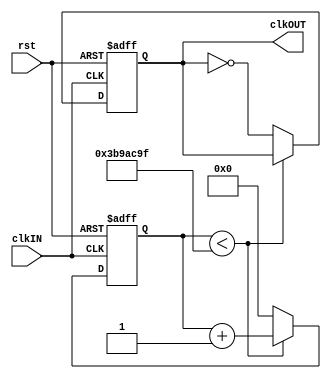
`timescale 1ns / 1ps
`define divisor 27'd125_000_000


module divide_clock(clkOUT, clkIN, rst);
  
  /*input and output ports*/
  input wire clkIN, rst;
  output reg clkOUT;
   
    
    
  reg [31:0] count; //counts the number of times input clock gets devided 
  

  /*keeps track of when to change the output clock*/
  always@(posedge clkIN or posedge rst)begin
    if(rst)begin //reset clock
      clkOUT <= 0;
      count <= 0;
    end
    else if(count < `divisor/2 -1 ) begin 
      clkOUT <= clkOUT;
      count = count + 1'b1;
    end
    else begin
      clkOUT <= ~clkOUT;
      count <= 0;
    end
  end
  
 

endmodule